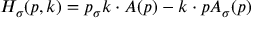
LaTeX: H _ { \sigma } ( p , k ) = p _ { \sigma } k \cdot A ( p ) - k \cdot p A _ { \sigma } ( p )